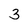
Character: 3